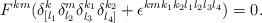
LaTeX: \begin{align*}F^{km}(\delta^k_{[l_1}\delta^m_{l_2}\delta^{k_1}_{l_3}\delta^{k_2}_{l_4]}+\epsilon^{kmk_1k_2l_1l_2l_3l_4})=0.\end{align*}